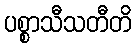
ပစ္စာသီသတီတိ